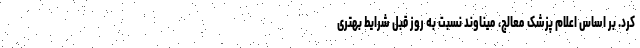
کرد. بر اساس اعلام پزشک معالج، میناوند نسبت به روز قبل شرایط بهتری